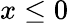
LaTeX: x\leq 0